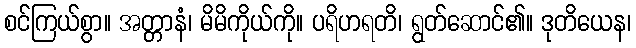
စင်ကြယ်စွာ။ အတ္တာနံ၊ မိမိကိုယ်ကို။ ပရိဟရတိ၊ ရွတ်ဆောင်၏။ ဒုတိယေန၊